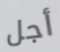
أجل